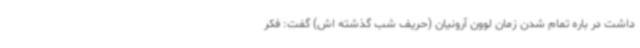
داشت در باره تمام شدن زمان لوون آرونیان (حریف شب گذشته اش) گفت: فکر